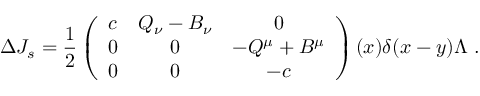
\Delta J _ { s } = \frac { 1 } { 2 } \left( \begin{array} { c c c } { { c } } & { { Q _ { \nu } - B _ { \nu } } } & { { 0 } } \\ { { 0 } } & { { 0 } } & { { - Q ^ { \mu } + B ^ { \mu } } } \\ { { 0 } } & { { 0 } } & { { - c } } \end{array} \right) ( x ) \delta ( x - y ) \Lambda \ .